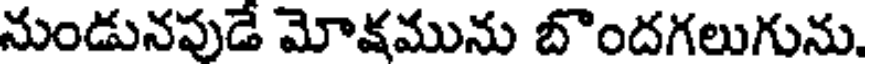
నుండునపుడే మోక్షమును బొందగలుగును.